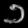
Digit: ၁